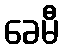
ခေမီ